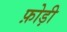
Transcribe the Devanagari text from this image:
फ़ोड़ी